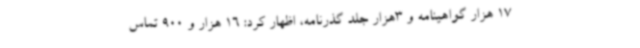
17 هزار گواهینامه و 3هزار جلد گذرنامه، اظهار کرد: 16 هزار و 900 تماس